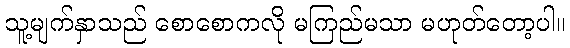
သူ့မျက်နှာသည် စောစောကလို မကြည်မသာ မဟုတ်တော့ပါ။